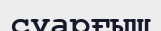
суарғыш